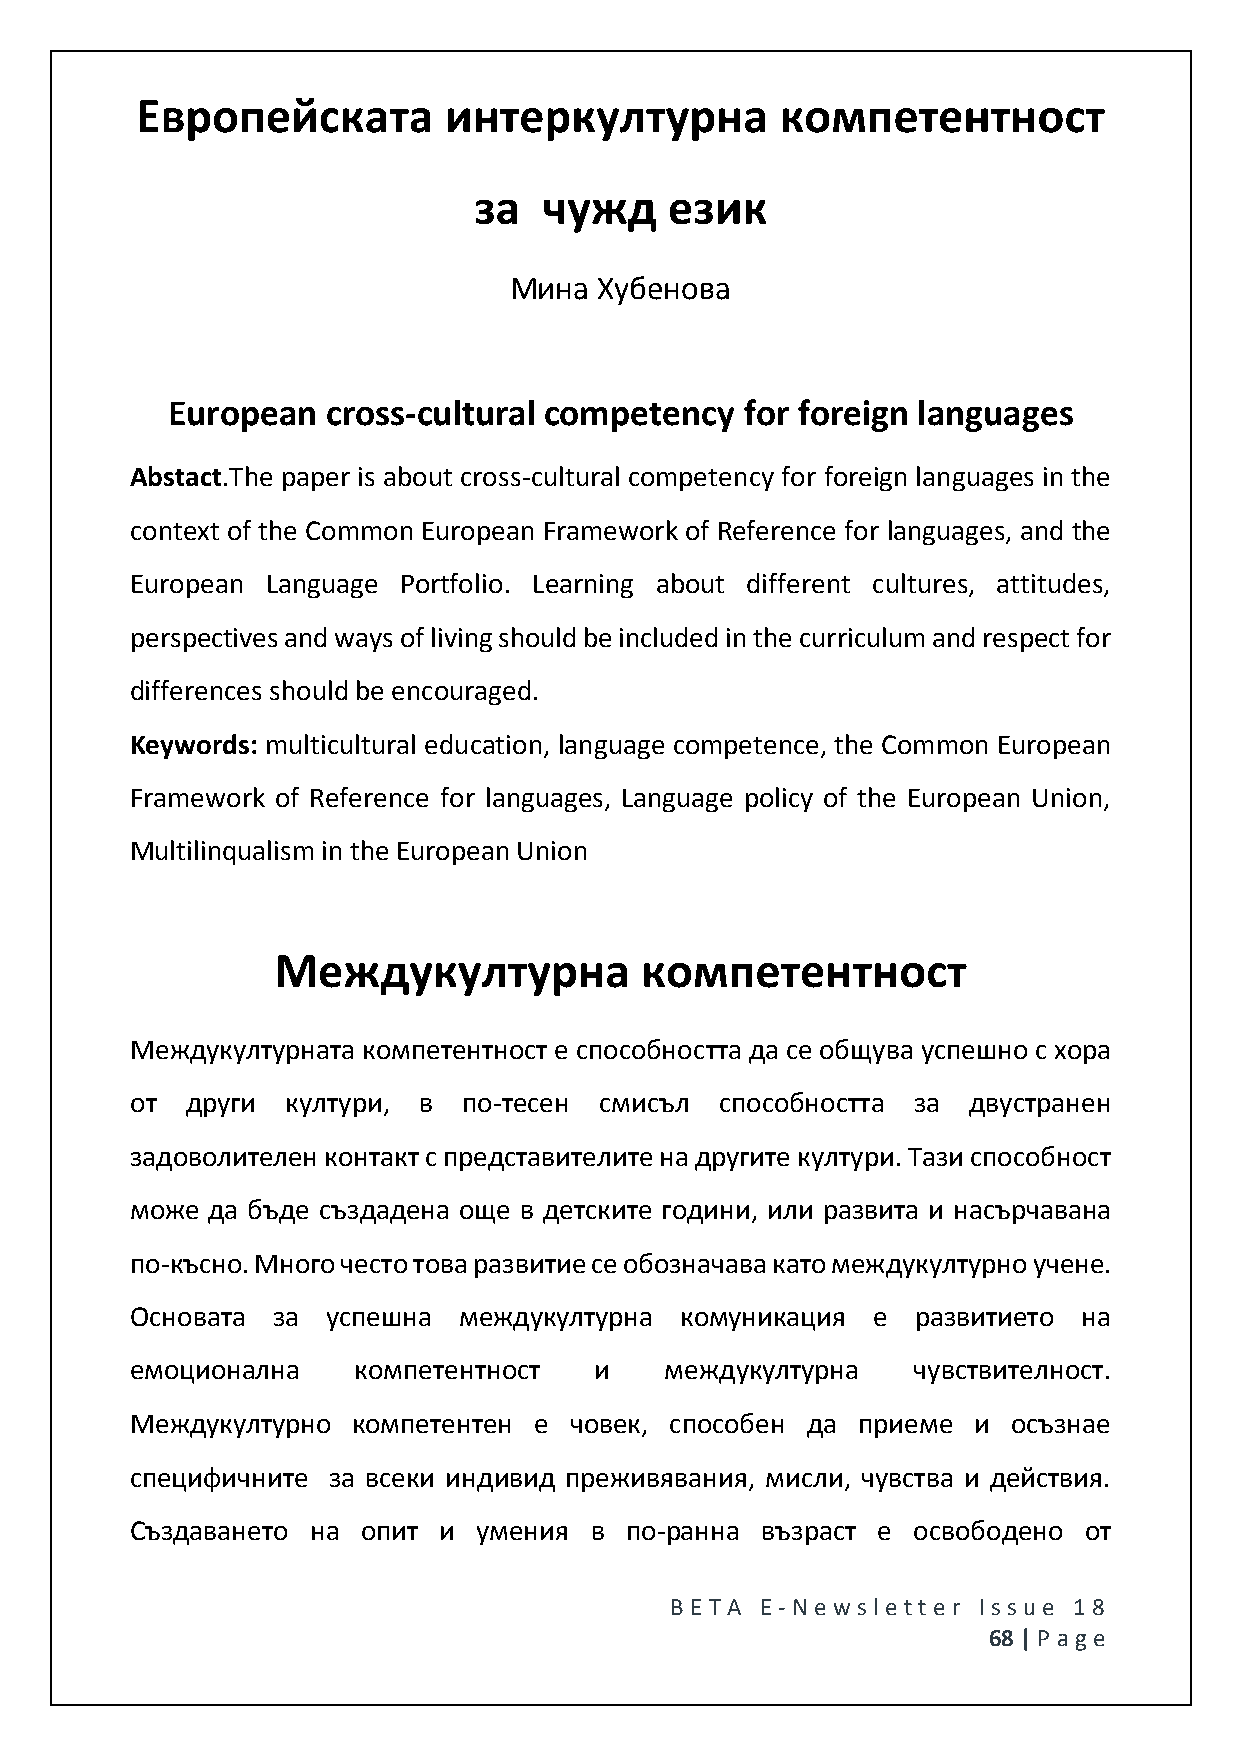
Европейската        интеркултурна          компетентност
 за   чужд    език
 Мина  Хубенова
 European   cross-cultural competency  for foreign languages
 Abstact.The paper is about cross-cultural competency for foreign languages in the
 context of the Common European Framework of Reference for languages, and the
 European Language Portfolio. Learning about different cultures, attitudes,
 perspectives and ways of living should be included in the curriculum and respect for
 differences should be encouraged.
 Keywords: multicultural education, language competence, the Common European
 Framework of Reference for languages, Language policy of the European Union,
 Multilinqualism in the European Union
 Междукултурна           компетентност
 Междукултурната компетентност е способността да се общува успешно с хора
 от други  култури, в  по-тесен смисъл  способността за двустранен
 задоволителен контакт с представителите на другите култури. Тази способност
 може да бъде създадена още в детските години, или развита и насърчавана
 по-късно. Много често това развитие се обозначава като междукултурно учене.
 Основата за  успешна междукултурна  комуникация  е  развитието на
 емоционална   компетентност   и    междукултурна   чувствителност.
 Междукултурно компетентен е  човек, способен да приеме и  осъзнае
 специфичните за всеки индивид преживявания, мисли, чувства и действия.
 Създаването на опит и  умения в по-ранна възраст е освободено  от
 BE T A E -N e wsle tt e r Issue 18
 68 | P age